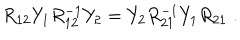
LaTeX: R _ { 1 2 } Y _ { 1 } R _ { 1 2 } ^ { - 1 } Y _ { 2 } = Y _ { 2 } R _ { 2 1 } ^ { - 1 } Y _ { 1 } R _ { 2 1 } \; .